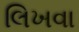
લિખવા